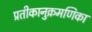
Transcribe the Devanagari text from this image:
प्रतीकानुक्रमणिका